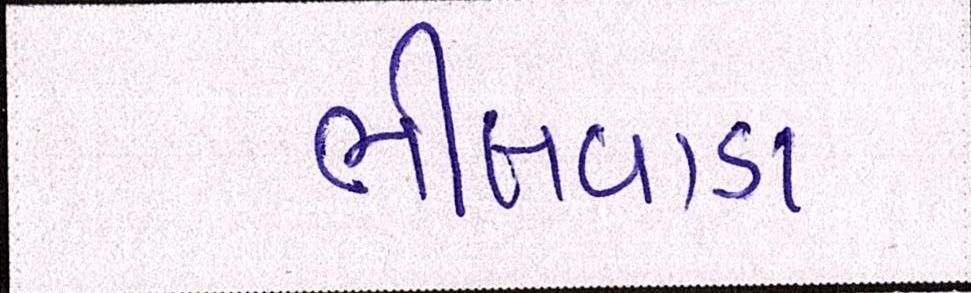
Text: ભીલવાડા